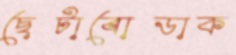
ছেটাবোডাক